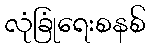
လုံခြုံရေးစနစ်